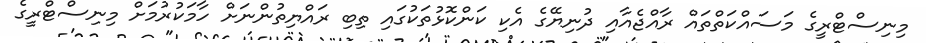
މިނިސްޓްރީގެ މަސައްކަތްތައް ރާއްޖެއާއި ދުނިޔޭގެ އެކި ކަންކޮޅުތަކުގައި ތިބި ރައްޔިތުންނަށް ހާމަކުރުމަށް މިނިސްޓްރީގެ